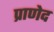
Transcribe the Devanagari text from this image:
प्राणेद